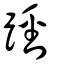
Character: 踁